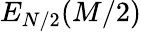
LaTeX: E_{N/2}(M/2)